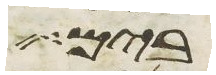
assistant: בים